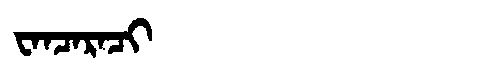
Manchu: ᠸᠠᠨᠴᠠᡵᠠᠴᡳ
Romanization: WANCARACI